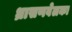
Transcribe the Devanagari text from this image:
ध्रासणवेलका